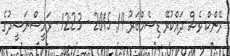
ރޭންކް ވެސް ދައްކުރޭ ޑިސެމްބަރު 19